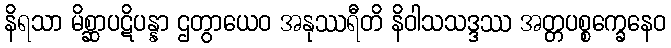
နိရသာ မိစ္ဆာပဋိပန္နာ ဌတွာယေဝ အနုဿရီတိ နိဝါသသဒ္ဒဿ အတ္တပစ္စက္ခေနေဝ